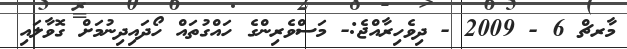
މާރޗް 6 - 2009 - ދިވެހިރާއްޖެ:- މަސްވެރިންގެ ހައްގުތައް ހޯދައިދިނުމަށް ގޮވާލައި